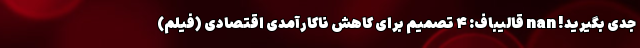
جدی بگیرید! nan قالیباف: ۴ تصمیم برای کاهش ناکارآمدی اقتصادی (فیلم)